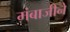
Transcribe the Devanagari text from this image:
मंबाजीने